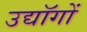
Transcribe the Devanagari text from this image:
उद्यॉगों